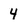
Character: 4